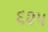
૬૨૫